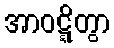
အာဝဋ္ဋိတွာ